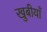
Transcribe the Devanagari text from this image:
खुबीयाँ